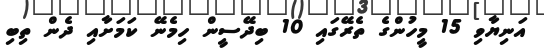
އަނިޔާވި 15 މީހުންގެ ތެރޭގައި 10 ބިދޭސީން ހިމެނޭ ކަމަށާއި ދެން ތިބި